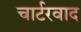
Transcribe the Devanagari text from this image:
चार्टरवाद